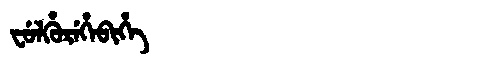
Manchu: ᠸᡠᠯᡥᡠᡵᡝᡥᡝᠪᡳᡥᡝ
Romanization: FULHUREHEBIHE